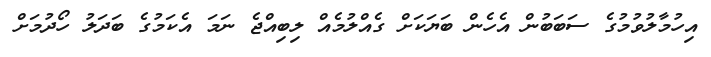
އިހުމާލުވުމުގެ ސަބަބުން އެހެން ބަޔަކަށް ގެއްލުމެއް ލިބިއްޖެ ނަމަ އެކަމުގެ ބަދަލު ހޯދުމަށް